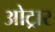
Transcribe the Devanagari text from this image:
ओट्रार